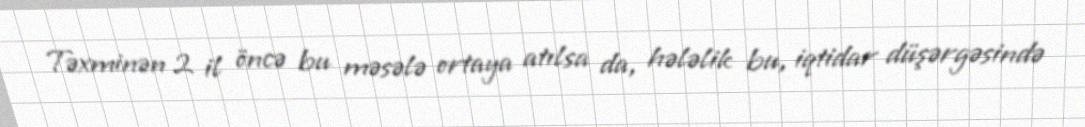
Təxminən 2 il öncə bu məsələ ortaya atılsa da, hələlik bu, iqtidar düşərgəsində